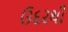
ઉદરથી